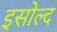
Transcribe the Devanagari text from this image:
इसोल्द